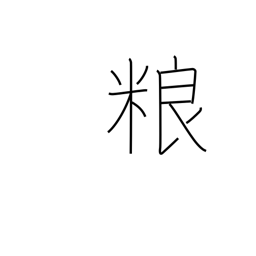
Meaning: food